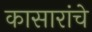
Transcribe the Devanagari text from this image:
कासारांचे